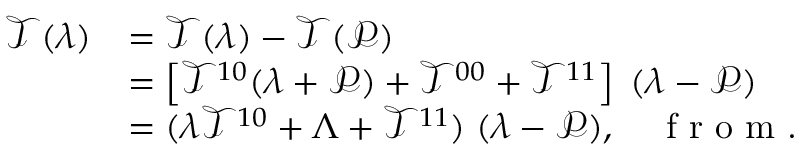
\begin{array} { r l } { \mathcal { T } ( \lambda ) } & { = \mathcal { T } ( \lambda ) - \mathcal { T } ( \mathcal { P } ) } \\ & { = \left[ \mathcal { T } ^ { 1 0 } ( \lambda + \mathcal { P } ) + \mathcal { T } ^ { 0 0 } + \mathcal { T } ^ { 1 1 } \right] \; ( \lambda - \mathcal { P } ) } \\ & { = ( \lambda \mathcal { T } ^ { 1 0 } + \Lambda + \mathcal { T } ^ { 1 1 } ) \; ( \lambda - \mathcal { P } ) , \quad \textnormal { f r o m . } } \end{array}